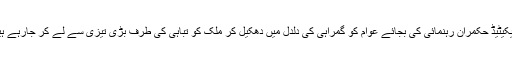
سلیکیٹیڈ حکمران رہنمائی کی بجائے عوام کو گمراہی کی دلدل میں دھکیل کر ملک کو تباہی کی طرف بڑی تیزی سے لے کر جارہے ہیں۔